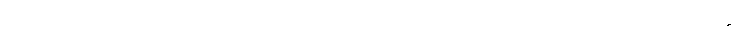
သဿတဒိဋ္ဌိသဟ ဂတော၊ တကွဖြစ်သော။ ရာဂေါ၊ သည်။ ဝိဘဝတဏှာ၊ မည်၏။